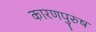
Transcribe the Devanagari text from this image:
कारणपुरुष